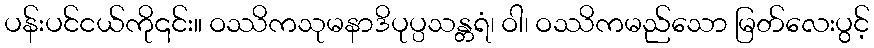
ပန်းပင်ငယ်ကို၎င်း။ ဝဿိကသုမနာဒိပုပ္ပသန္တရံ၊ ဝါ၊ ဝဿိကမည်သော မြတ်လေးပွင့်